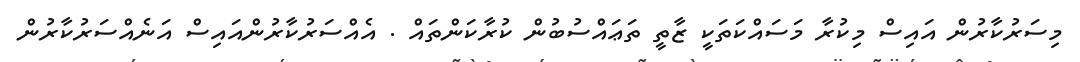
މިސަރުކާރުން އައިސް މިކުރާ މަސައްކަތަކީ ޒާތީ ތަޢައްސުބުން ކުރާކަންތައް . އެއްސަރުކާރުންއައިސް އަނެއްސަރުކާރުން